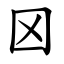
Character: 龱